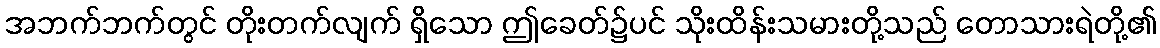
အဘက်ဘက်တွင် တိုးတက်လျက် ရှိသော ဤခေတ်၌ပင် သိုးထိန်းသမားတို့သည် တောသားရဲတို့၏